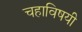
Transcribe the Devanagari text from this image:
चहाविषयी